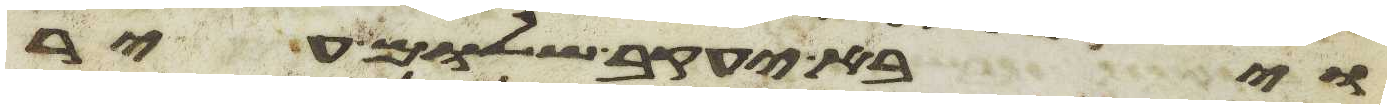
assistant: ויבא יעקב שלום עיר